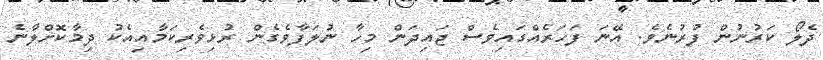
ދެލޯ ކަރުނުން ފުރުނެވެ. އޭނަ ފަހަރެއްގައިވެސް ޖައިދަން މިހާ ނުލަފާވެގެން ރުޅިވެރިކަމާއިއެކު ދިމާކޮށްލާނެ